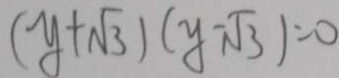
( y + \sqrt { 3 } ) ( y - \sqrt { 3 } ) = 0